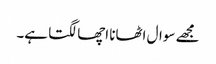
مجھے سوال اٹھانا اچھا لگتا ہے۔